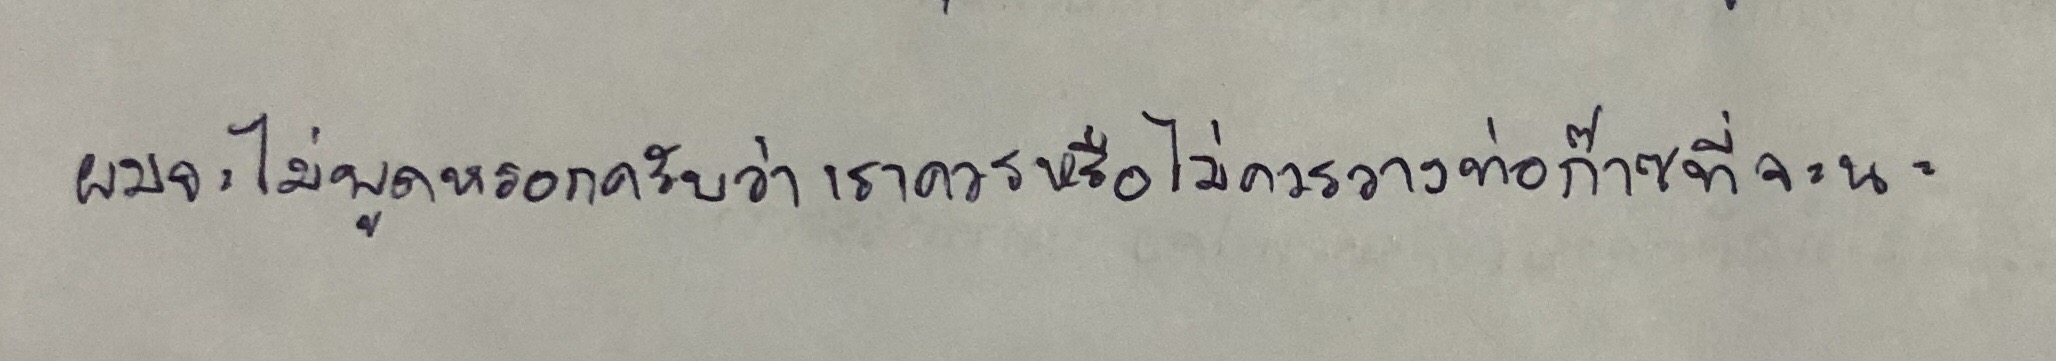
ผมจะไม่พูดหรอกครับว่าเราควรหรือไม่ควรวางท่อก๊าซที่จะนะ